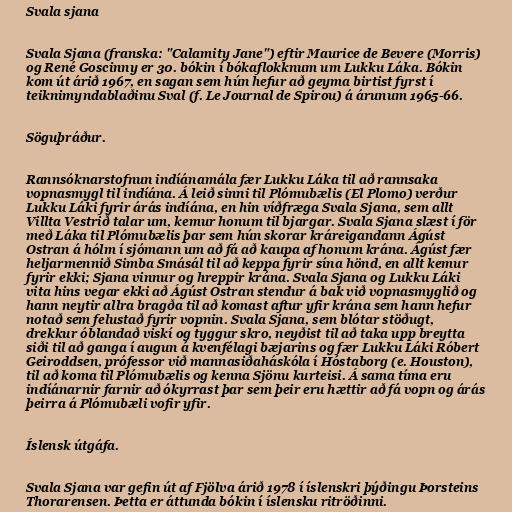
Svala sjana

Svala Sjana (franska: "Calamity Jane") eftir Maurice de Bevere (Morris)
og René Goscinny er 30. bókin í bókaflokknum um Lukku Láka. Bókin
kom út árið 1967, en sagan sem hún hefur að geyma birtist fyrst í
teiknimyndablaðinu Sval (f. Le Journal de Spirou) á árunum 1965-66.

Söguþráður.

Rannsóknarstofnun indíánamála fær Lukku Láka til að rannsaka
vopnasmygl til indíána. Á leið sinni til Plómubælis (El Plomo) verður
Lukku Láki fyrir árás indíána, en hin víðfræga Svala Sjana, sem allt
Villta Vestrið talar um, kemur honum til bjargar. Svala Sjana slæst í för
með Láka til Plómubælis þar sem hún skorar kráreigandann Ágúst
Ostran á hólm í sjómann um að fá að kaupa af honum krána. Ágúst fær
heljarmennið Simba Smásál til að keppa fyrir sína hönd, en allt kemur
fyrir ekki; Sjana vinnur og hreppir krána. Svala Sjana og Lukku Láki
vita hins vegar ekki að Ágúst Ostran stendur á bak við vopnasmyglið og
hann neytir allra bragða til að komast aftur yfir krána sem hann hefur
notað sem felustað fyrir vopnin. Svala Sjana, sem blótar stöðugt,
drekkur óblandað viskí og tyggur skro, neyðist til að taka upp breytta
siði til að ganga í augun á kvenfélagi bæjarins og fær Lukku Láki Róbert
Geiroddsen, prófessor við mannasiðaháskóla í Hóstaborg (e. Houston),
til að koma til Plómubælis og kenna Sjönu kurteisi. Á sama tíma eru
indíánarnir farnir að ókyrrast þar sem þeir eru hættir að fá vopn og árás
þeirra á Plómubæli vofir yfir.

Íslensk útgáfa.

Svala Sjana var gefin út af Fjölva árið 1978 í íslenskri þýðingu Þorsteins
Thorarensen. Þetta er áttunda bókin í íslensku ritröðinni.